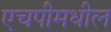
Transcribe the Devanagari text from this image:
एचपीमधील